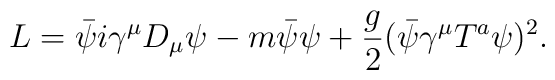
L=\bar\psi i\gamma^\mu D_\mu\psi-m\bar\psi\psi+{g\over 2}(\bar\psi\gamma^\mu T^a\psi)^2.